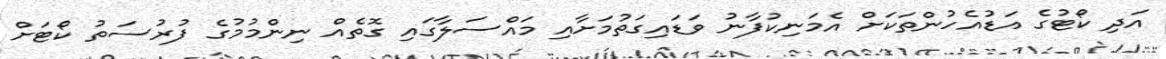
އަދި ކޯޓުގެ އަޑުއެހުންތަކަށް އެމަނިކުފާނު ވަޑައިގަތުމަށާއި މައްސަލާގައި ގޮތެއް ނިންމުމުގެ ފުރުސަތު ކޯޓަށް